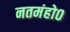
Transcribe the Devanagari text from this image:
नतमंहो०